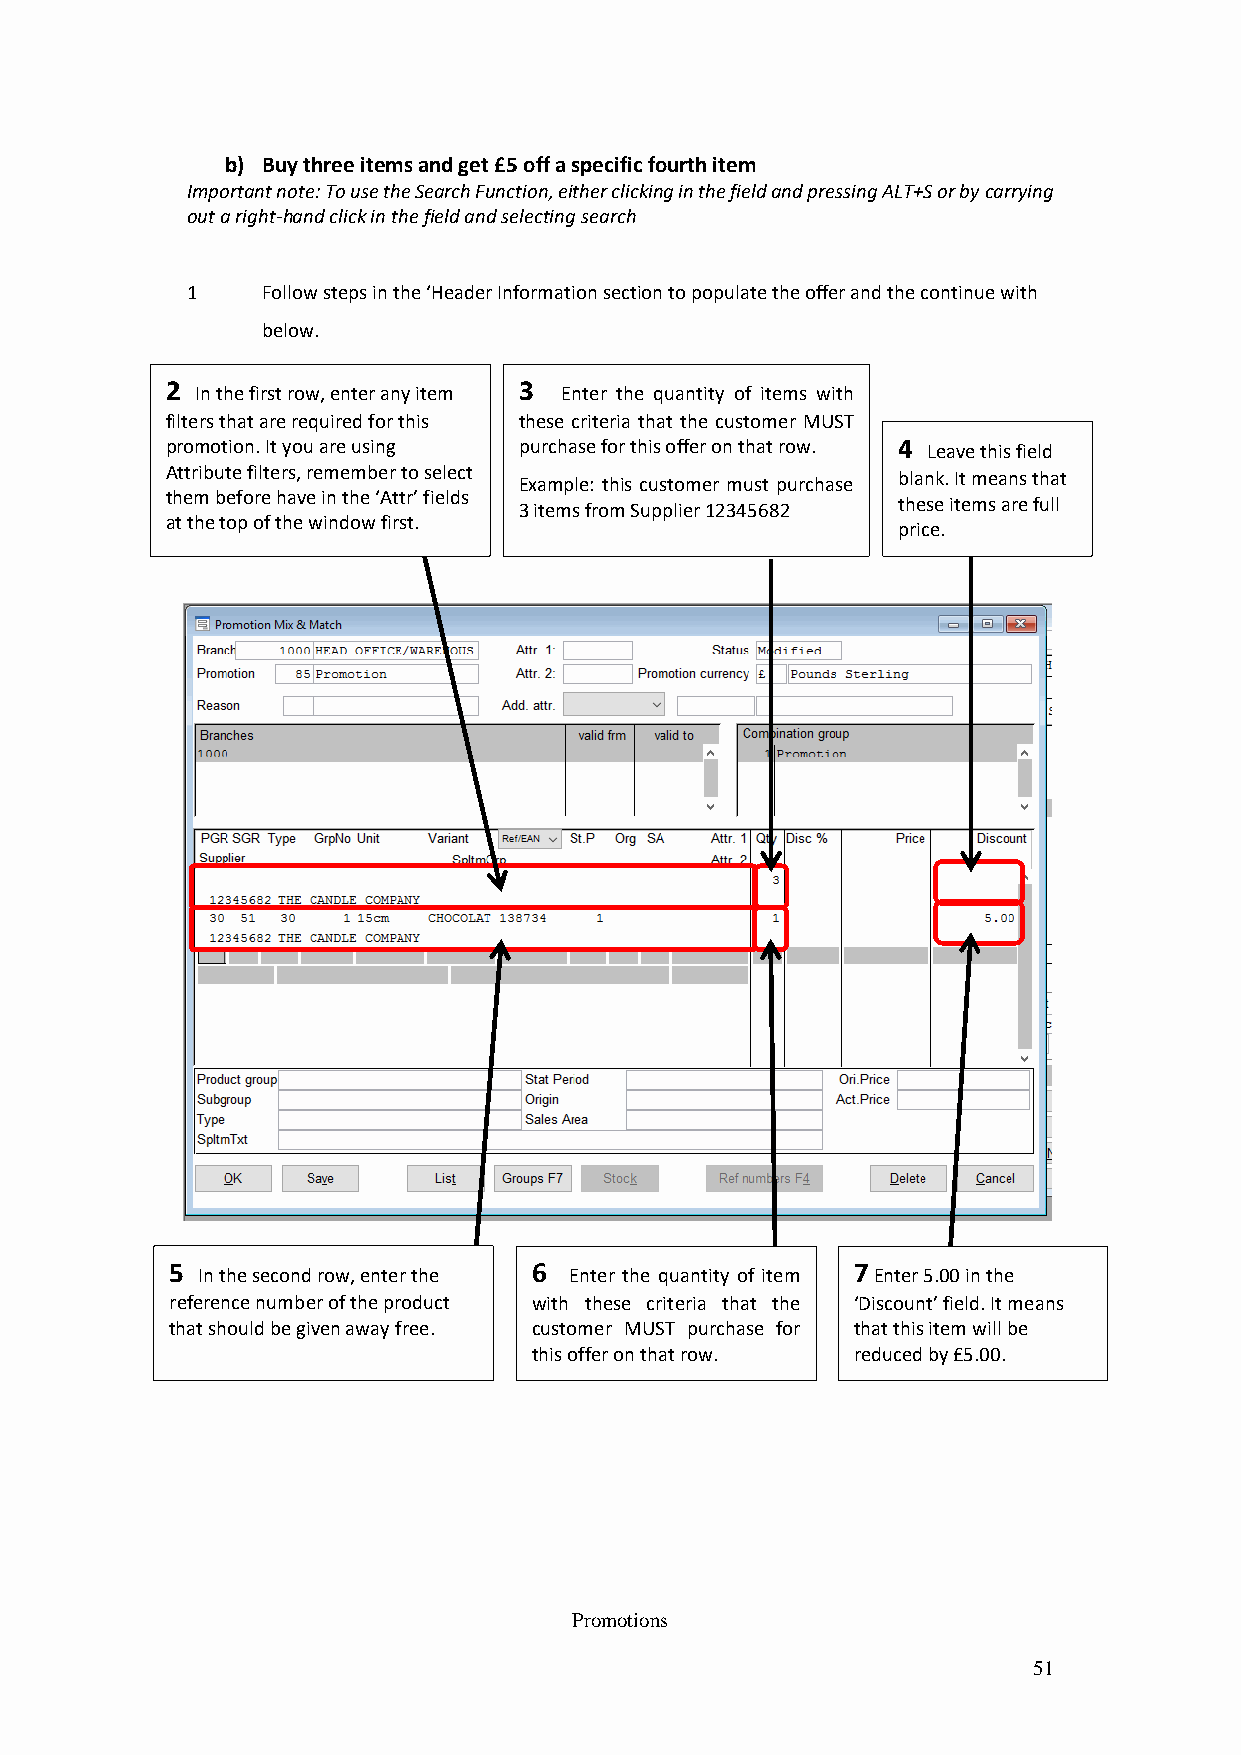
b) Buy three items and get £5 off a specific fourth item
 Important note: To use the Search Function, either clicking in the field and pressing ALT+S or by carrying
 out a right-hand click in the field and selecting search
 1    Follow steps in the ‘Header Information section to populate the offer and the continue with
 below.
 2                      3
 In the first row, enter any item Enter the quantity of items with
 filt ers that are required for this these criteria that the customer MUST
 pro motion. It you are using purchase for this offer on that row. 4 Leave this field
 Att ribute filters, remember to select
 Example: this customer must purchase blank. It means that
 the m before have in the ‘Attr’ fields
 3 items from Supplier 12345682 these items are full
 at t he top of the window first.
 price.
 5 In the second row, enter the 6 Enter the quantity of item 7 Enter 5.00 in the
 reference number of the product with these criteria that the ‘Discount’ field. It means
 that should be given away free. customer MUST purchase for that this item will be
 this offer on that row. reduced by £5.00.
 Promotions
 51